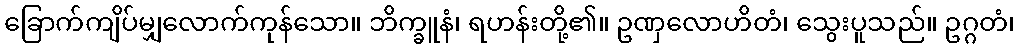
ခြောက်ကျိပ်မျှလောက်ကုန်သော။ ဘိက္ခူနံ၊ ရဟန်းတို့၏။ ဥဏှလောဟိတံ၊ သွေးပူသည်။ ဥဂ္ဂတံ၊